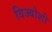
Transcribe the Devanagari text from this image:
विज्योशी